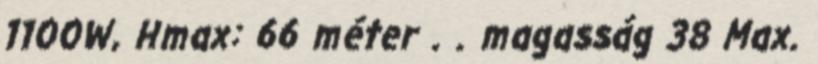
1100W, Hmax: 66 méter . . magasság 38 Max.